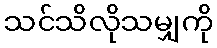
သင်သိလိုသမျှကို